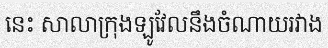
នេះ សាលាក្រុងឡូវែលនឹងចំណាយរវាង